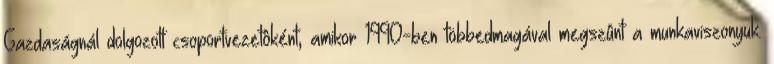
Gazdaságnál dolgozott csoportvezetôként, amikor 1990-ben többedmagával megszûnt a munkaviszonyuk.